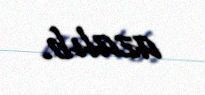
azalıb.